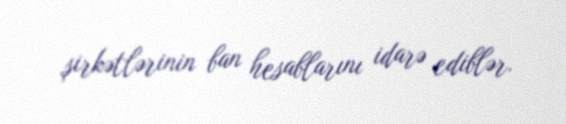
şirkətlərinin ban hesablarını idarə ediblər.